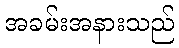
အခမ်းအနားသည်